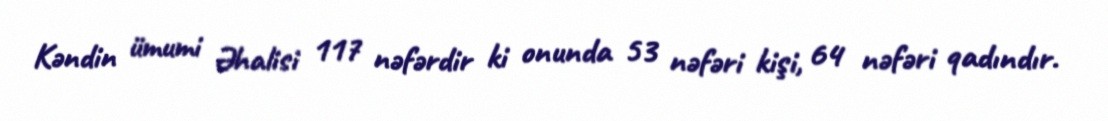
Kəndin ümumi Əhalisi 117 nəfərdir ki onunda 53 nəfəri kişi, 64 nəfəri qadındır.